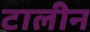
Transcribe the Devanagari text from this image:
टालीन